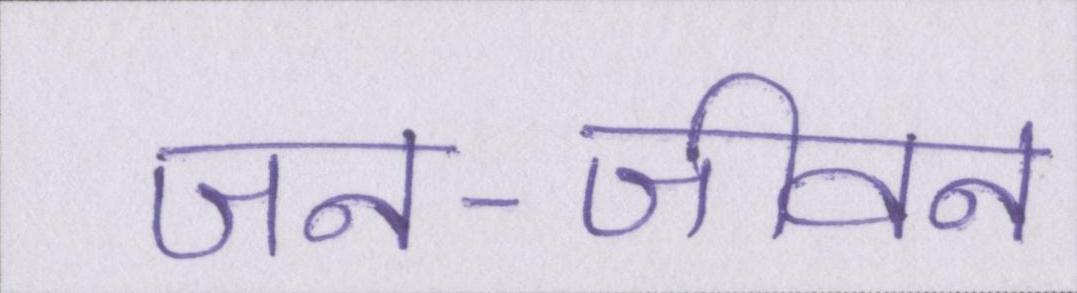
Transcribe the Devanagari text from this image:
जन-जीवन